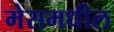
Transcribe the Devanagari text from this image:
मेसमधील